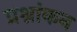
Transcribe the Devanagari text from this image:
प्रश्नांकन